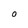
Character: O